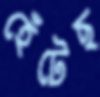
হেঁটেছ